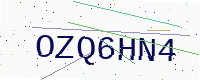
Text: OZQ6HN4